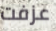
عزفت